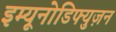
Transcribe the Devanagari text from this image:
इम्यूनोडिफ्युज़न